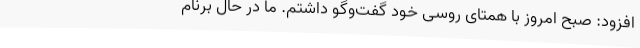
افزود: صبح امروز با همتای روسی خود گفت‌وگو داشتم. ما در حال برنام